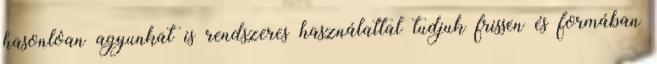
hasonlóan agyunkat is rendszeres használattal tudjuk frissen és formában